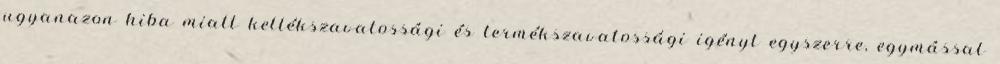
ugyanazon hiba miatt kellékszavatossági és termékszavatossági igényt egyszerre, egymással